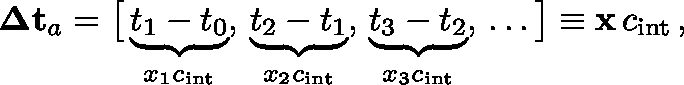
\mathbf { \Delta t } _ { a } = \big [ \underbrace { t _ { 1 } - t _ { 0 } } _ { x _ { 1 } c _ { \mathrm { i n t } } } , \, \underbrace { t _ { 2 } - t _ { 1 } } _ { x _ { 2 } c _ { \mathrm { i n t } } } , \, \underbrace { t _ { 3 } - t _ { 2 } } _ { x _ { 3 } c _ { \mathrm { i n t } } } , \, \dots \big ] \equiv \mathbf { x } \, c _ { \mathrm { i n t } } \, ,